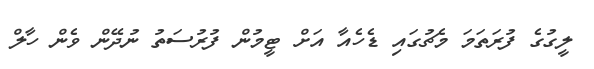
ލީގުގެ ފުރަތަމަ މެޗުގައި ޑެހެއާ އަށް ޓީމުން ފުރުސަތު ނުދޭން ވެން ހާލް